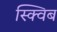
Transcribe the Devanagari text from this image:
स्क्विब